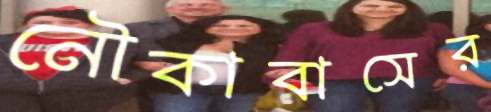
নৌকাবাসের